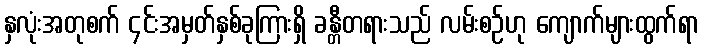
နှလုံးအတုစက် ၄င်းအမှတ်နှစ်ခုကြားရှိ ခန္တီတရားသည် လမ်းစဉ်ဟု ကျောက်များထွက်ရာ